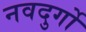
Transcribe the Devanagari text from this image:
नवदुर्गो